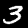
Label: 3